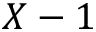
X - 1